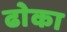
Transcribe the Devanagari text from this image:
ढाेका